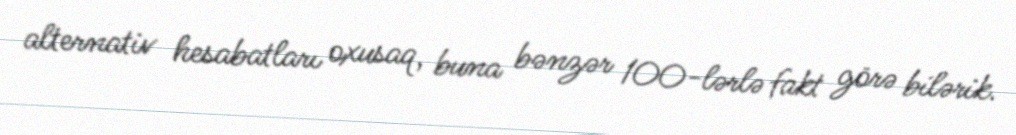
alternativ hesabatları oxusaq, buna bənzər 100-lərlə fakt görə bilərik.